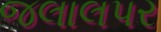
જલાલપર